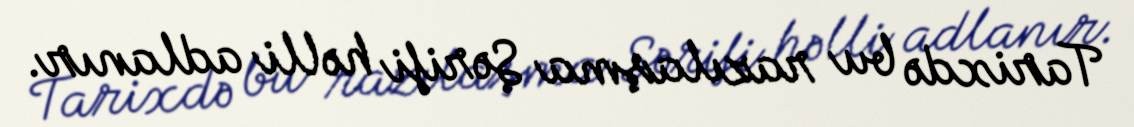
Tarixdə bu razılaşma Şərifi həlli adlanır.